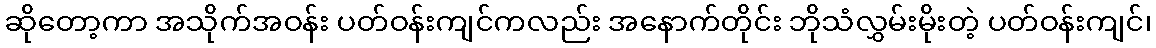
ဆိုတော့ကာ အသိုက်အဝန်း ပတ်ဝန်းကျင်ကလည်း အနောက်တိုင်း ဘိုသံလွှမ်းမိုးတဲ့ ပတ်ဝန်းကျင်၊